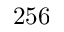
2 5 6